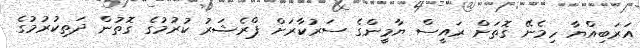
އަރަބިއްޔާ ހިމެނޭ ގޮތަށް ރައީސް ޔާމީންގެ ސަރުކާރަށް ޕްރެޝަރު ކުރުމުގެ ގޮތުން ދަތިކުރުމުގެ